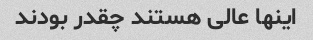
اینها عالی هستند چقدر بودند